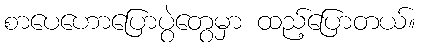
စာပေဟောပြောပွဲတွေမှာ ထည့်ပြောတယ်။